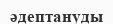
әдептануды